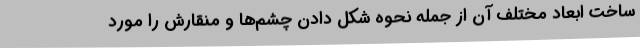
ساخت ابعاد مختلف آن از جمله نحوه شکل دادن چشم‌ها و منقارش را مورد